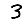
Digit: 3